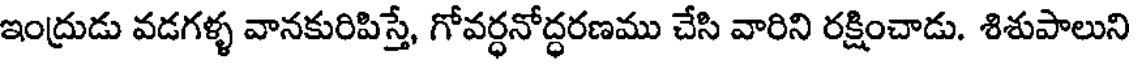
ఇంద్రుడు వడగళ్ళ వానకురిపిస్తే, గోవర్ధనోద్ధరణము చేసి వారిని రక్షించాడు. శిశుపాలుని